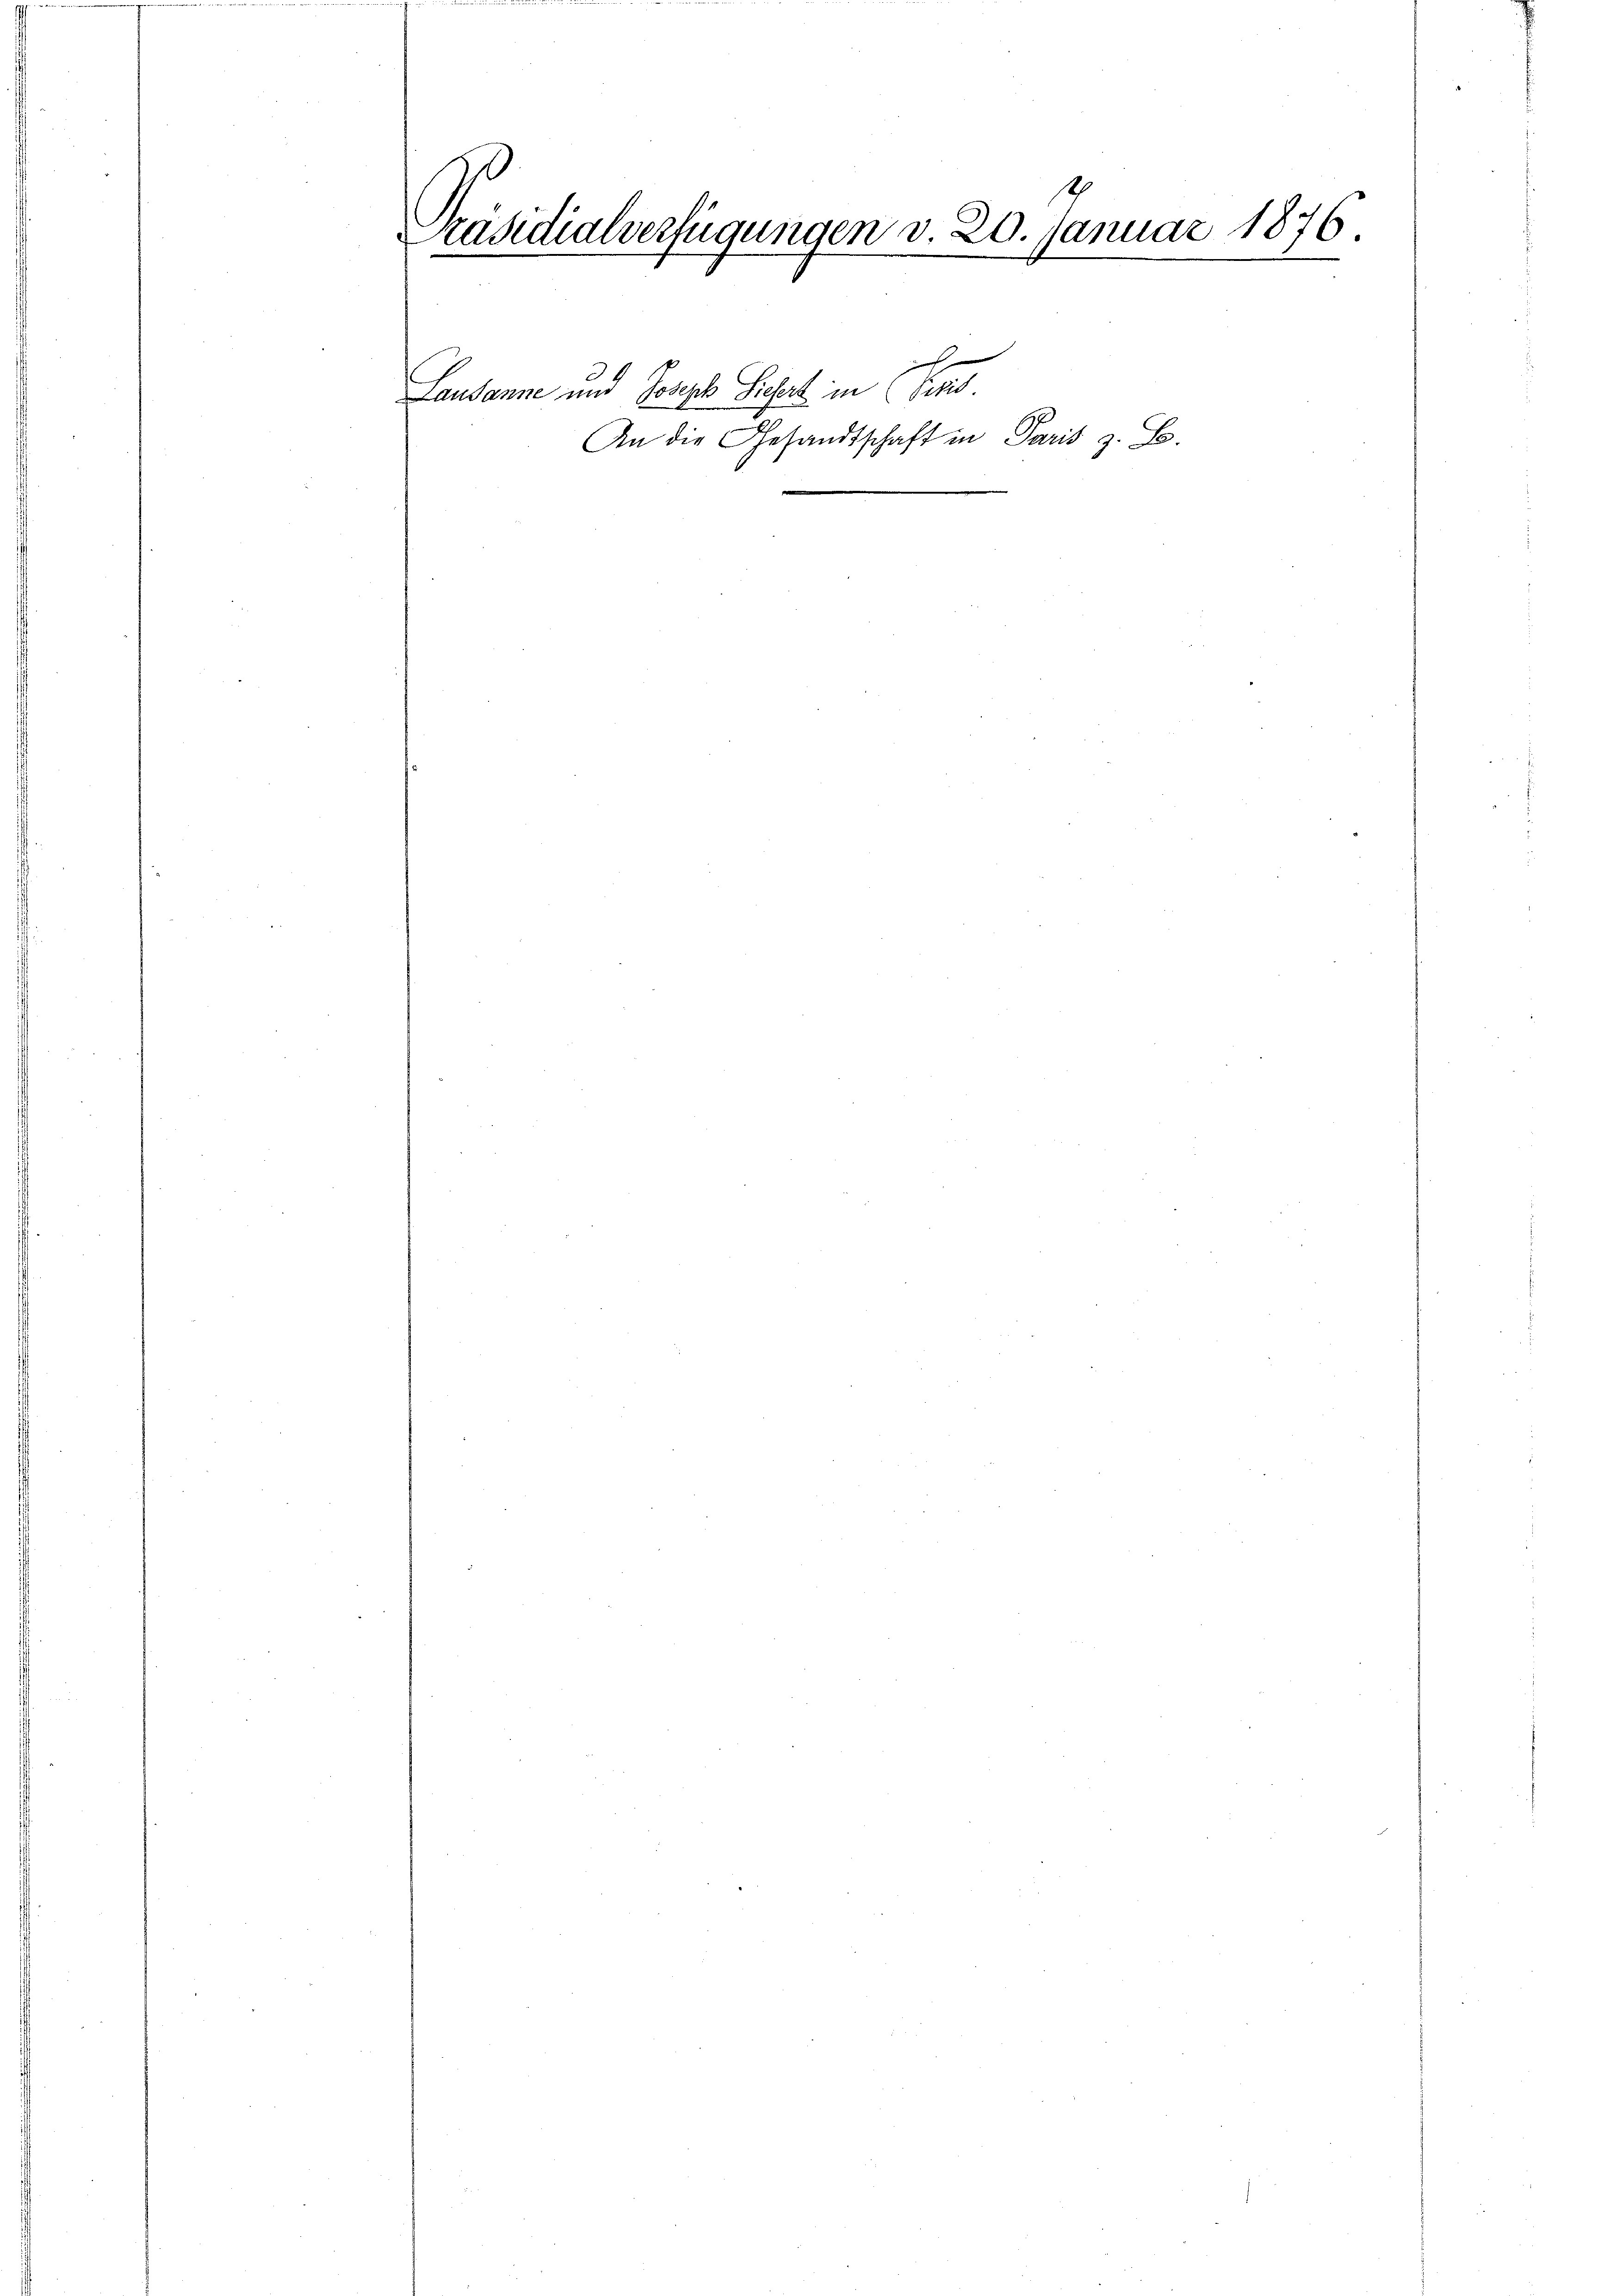
1
Präsidialverfügungen v. 20. Januar 1876.
e

24
Lausanne und Joseph Liefert in (Prid.

An die Gesandtschaft in Paris z. B.

d